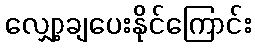
လျှော့ချပေးနိုင်ကြောင်း